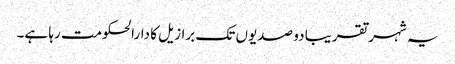
یہ شہر تقریبا دو صدیوں تک برازیل کا دارالحکومت رہا ہے۔